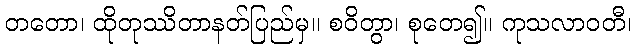
တတော၊ ထိုတုဿိတာနတ်ပြည်မှ။ စဝိတွာ၊ စုတေ၍။ ကုသလာဝတီ၊